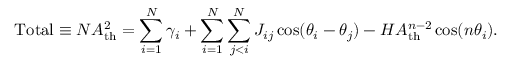
\mathrm { T o t a l } \equiv N A _ { \mathrm { t h } } ^ { 2 } = \sum _ { i = 1 } ^ { N } \gamma _ { i } + \sum _ { i = 1 } ^ { N } \sum _ { j < i } ^ { N } J _ { i j } \cos ( \theta _ { i } - \theta _ { j } ) - H A _ { \mathrm { t h } } ^ { n - 2 } \cos ( n \theta _ { i } ) .